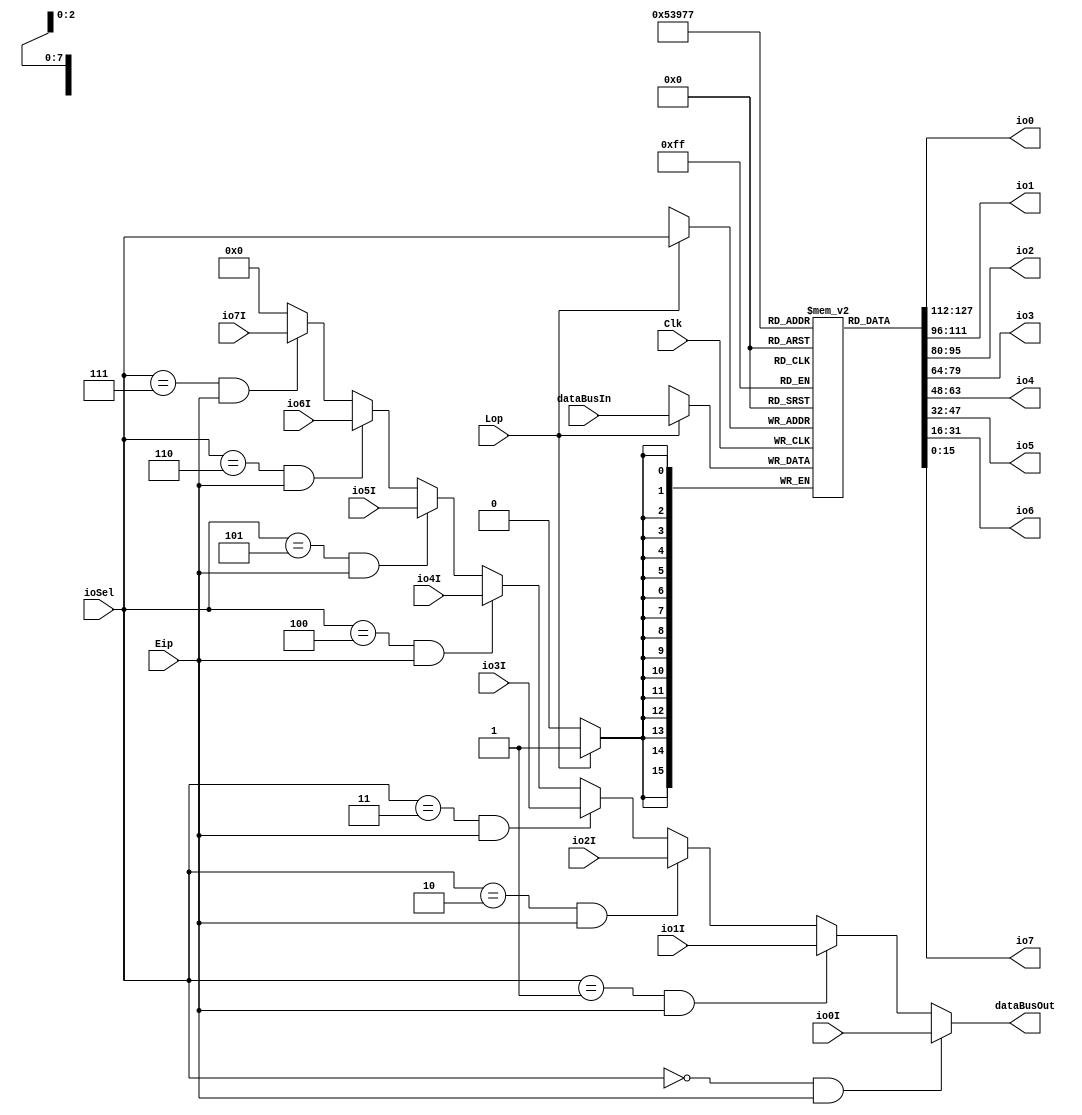
module Io_GPIB(
    input Eip,
    input Lop,
    input Clk,
    input [2:0] ioSel,
    output [15:0] io0,
    output [15:0] io1,
    output [15:0] io2,
    output [15:0] io3,
    output [15:0] io4,
    output [15:0] io5,
    output [15:0] io6,
    output [15:0] io7,  
    input [15:0] io0I,
    input [15:0] io1I,
    input [15:0] io2I,
    input [15:0] io3I,
    input [15:0] io4I,
    input [15:0] io5I,
    input [15:0] io6I,
    input [15:0] io7I,  
    input [15:0] dataBusIn,
    output [15:0] dataBusOut
    );
    
    
reg [15:0] outRegs [7:0];
initial begin
outRegs[0] = 0 ;
outRegs[1] = 0 ;
outRegs[2] = 0 ;
outRegs[3] = 0 ;
outRegs[4] = 0 ;
outRegs[5] = 0 ;
outRegs[6] = 0 ;
outRegs[7] = 0 ;
end

assign io0 =outRegs[0];
assign io1 =outRegs[1];
assign io2 =outRegs[2];
assign io3 =outRegs[3];
assign io4 =outRegs[4];
assign io5 =outRegs[5];
assign io6 =outRegs[6];
assign io7 =outRegs[7];


always @(posedge Clk) begin
    if(Lop) outRegs[ioSel] = dataBusIn;
    end

assign dataBusOut =     (ioSel== 3'b000 & (Eip ) )?      io0I    : (
                        (ioSel== 3'b001 & (Eip ) )?      io1I    : (
                        (ioSel== 3'b010 & (Eip ) )?      io2I    : (
                        (ioSel== 3'b011 & (Eip ) )?      io3I    : (
                        (ioSel== 3'b100 & (Eip ) )?      io4I    : (
                        (ioSel== 3'b101 & (Eip ) )?      io5I    : (
                        (ioSel== 3'b110 & (Eip ) )?      io6I    : (       
                        (ioSel== 3'b111 & (Eip ) )?      io7I    : 16'h0000 )))))));
                        
endmodule